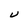
Character: U